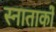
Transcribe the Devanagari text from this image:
स्नाताकों